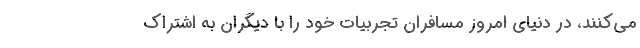
می‌کنند، در دنیای امروز مسافران تجربیات خود را با دیگران به اشتراک